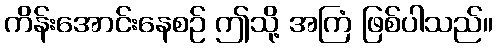
ကိန်းအောင်းနေစဉ် ဤသို့ အကြံ ဖြစ်ပါသည်။